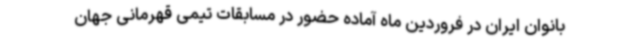
بانوان ایران در فروردین ماه آماده حضور در مسابقات تیمی قهرمانی جهان